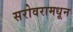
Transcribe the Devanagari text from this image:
सरोवरामधून